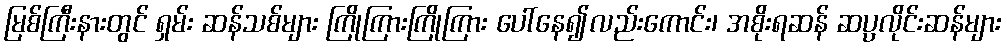
မြစ်ကြီးနားတွင် ရှမ်း ဆန်သစ်များ ကြိုကြားကြိုကြား ပေါ်နေ၍လည်းကောင်း၊ အစိုးရဆန် ဆပ္ပလိုင်းဆန်များ